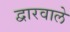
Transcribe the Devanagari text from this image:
द्वारवाले